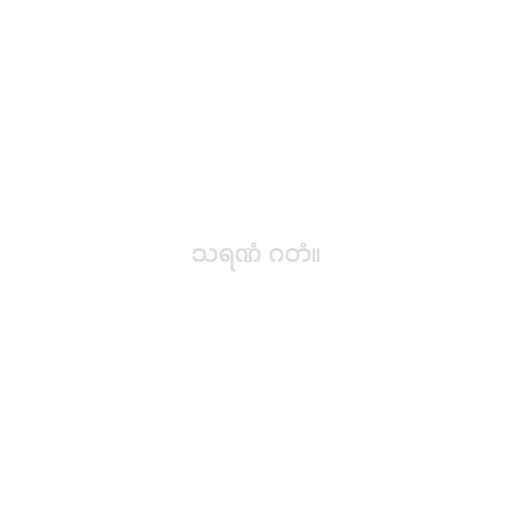
သရဏံ ဂတံ။